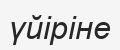
үйіріне